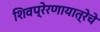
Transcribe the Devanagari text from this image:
शिवप्रेरणायात्रेचे